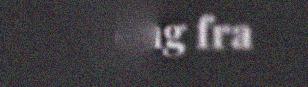
endring fra